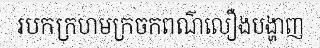
របកក្រហមក្រចកពណ៌លឿងបង្ហាញ